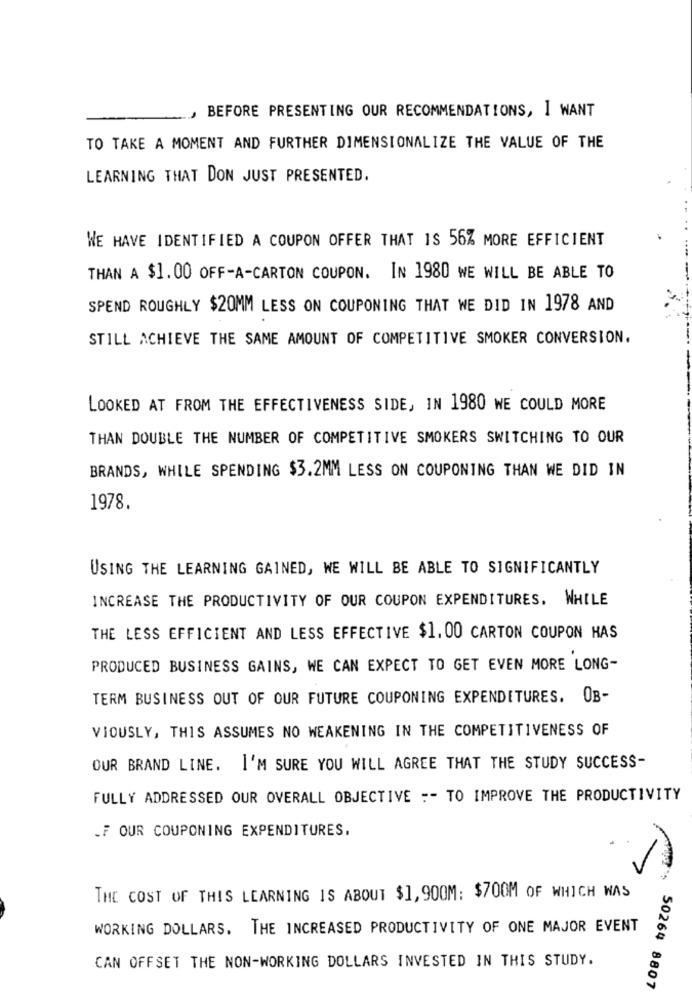
BEFORE PRESENTING OUR RECOMMENDATIONS, I WANT
TO TAKE A MOMENT AND FURTHER DIMENSIONALIZE THE VALUE OF THE
LEARNING THAT DON JUST PRESENTED.
WE HAVE IDENTIFIED A COUPON OFFER THAT IS 56% MORE EFFICIENT
THAN A $1.00 OFF-A-CARTON COUPON. IN 1980 WE WILL BE ABLE TO
SPEND ROUGHLY $20MM LESS ON COUPONING THAT WE DID IN 1978 AND
STILL ACHIEVE THE SAME AMOUNT OF COMPETITIVE SMOKER CONVERSION.
LOOKED AT FROM THE EFFECTIVENESS SIDE, IN 1980 WE COULD MORE
THAN DOUBLE THE NUMBER OF COMPETITIVE SMOKERS SWITCHING TO OUR
BRANDS, WHILE SPENDING $3.2MM LESS ON COUPONING THAN WE DID IN
1978.
USING THE LEARNING GAINED, WE WILL BE ABLE TO SIGNIFICANTLY
INCREASE THE PRODUCTIVITY OF OUR COUPON EXPENDITURES. WHILE
THE LESS EFFICIENT AND LESS EFFECTIVE $1.00 CARTON COUPON HAS
PRODUCED BUSINESS GAINS, WE CAN EXPECT TO GET EVEN MORE LONG-
TERM BUSINESS OUT OF OUR FUTURE COUPONING EXPENDITURES. OB-
VIOUSLY, THIS ASSUMES NO WEAKENING IN THE COMPETITIVENESS OF
OUR BRAND LINE. I'M SURE YOU WILL AGREE THAT THE STUDY SUCCESS-
FULLY ADDRESSED OUR OVERALL OBJECTIVE :- TO IMPROVE THE PRODUCTIVITY
.F OUR COUPONING EXPENDITURES.
THE COST OF THIS LEARNING IS ABOUT $1,900M: $700M OF WHICH WAS
WORKING DOLLARS. THE INCREASED PRODUCTIVITY OF ONE MAJOR EVENT
CAN OFFSET THE NON-WORKING DOLLARS INVESTED IN THIS STUDY.
50264 8807